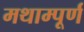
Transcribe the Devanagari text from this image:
मथाम्पूर्ण